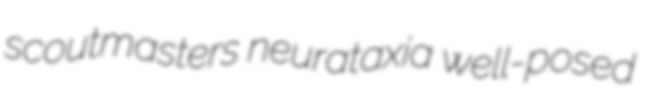
scoutmasters neurataxia well-posed